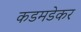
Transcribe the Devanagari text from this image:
कडमडेकर